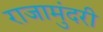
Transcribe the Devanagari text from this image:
राजामुंदरी